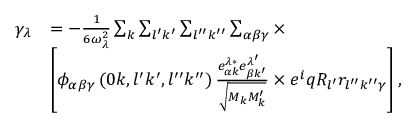
\begin{array} { r l } { \gamma _ { \lambda } } & { = - \frac { 1 } { 6 \omega _ { \lambda } ^ { 2 } } \sum _ { k } \sum _ { l ^ { \prime } k ^ { \prime } } \sum _ { l ^ { \prime \prime } k ^ { \prime \prime } } \sum _ { \alpha \beta \gamma } \times } \\ & { \left[ \phi _ { \alpha \beta \gamma } \left( 0 k , l ^ { \prime } k ^ { \prime } , l ^ { \prime \prime } k ^ { \prime \prime } \right) \frac { e _ { \alpha k } ^ { \lambda \ast } e _ { \beta k ^ { \prime } } ^ { \lambda ^ { \prime } } } { \sqrt { M _ { k } M _ { k } ^ { \prime } } } \times e ^ { i } q R _ { l ^ { \prime } } r _ { l ^ { \prime \prime } k ^ { \prime \prime } \gamma } \right] , } \end{array}